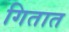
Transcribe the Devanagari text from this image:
गितात